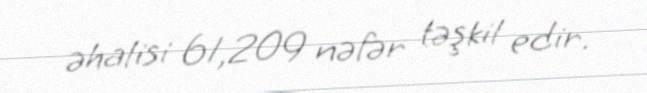
əhalisi 61,209 nəfər təşkil edir.